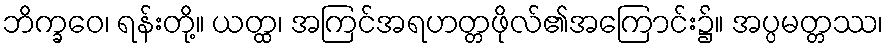
ဘိက္ခဝေ၊ ရန်းတို့။ ယတ္ထ၊ အကြင်အရဟတ္တဖိုလ်၏အကြောင်း၌။ အပ္ပမတ္တဿ၊